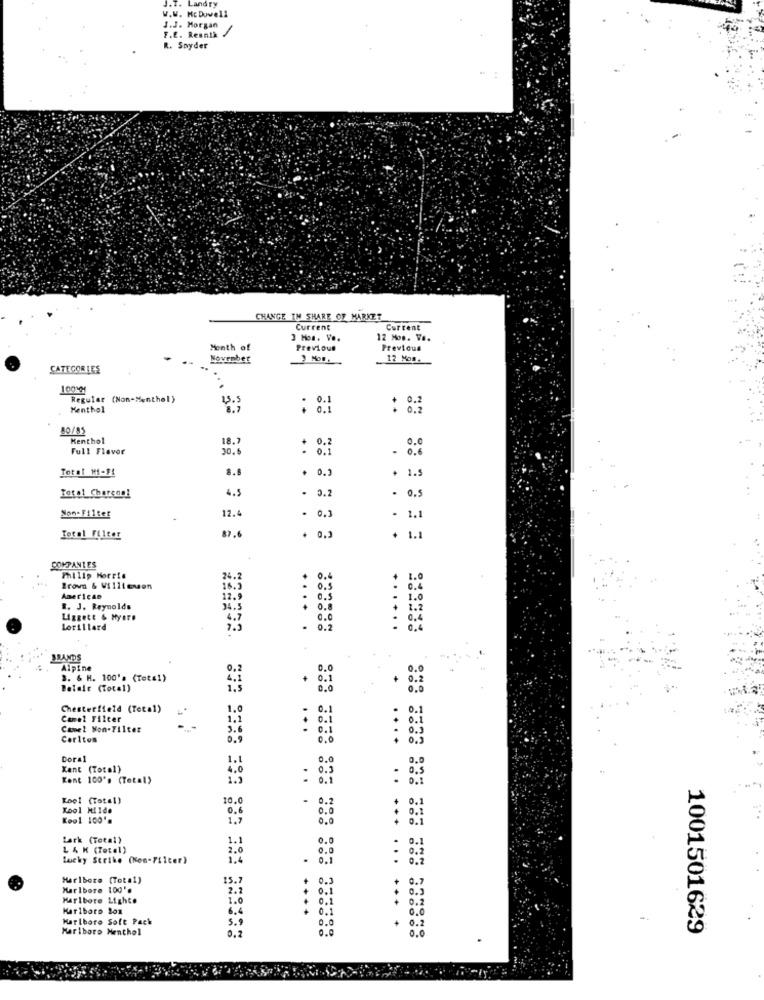
J.T. Landry
W.W. Mc Dowell
J.J. Morgan
F.E. Resnik
R. Snyder
CHANGE IM SHARE OF MARKET
Current
Current
3 Hon. Vo.
12 Mos. V ..
Month of
Previous
Previous
November
12 Mon.
CATEGORIES
Regular (Non-Menthol)
15.
0.2
Menthol
: 01
+ 0.2
80/85
Kenthol
18.7
Full Flavor
: 0.3
-
0.6
Total Mi-FI
8.]
. 0.3
+ 1.9
Total_Charcoal
4.5
- 0.2
. 0.5
Non- Filter
12.4
. 0.3
. 1.1
87.6
Total Filter
. 0.3
1.1
COMPANIES
Philip Morris
24.
$ 0.4
1.0
Brown & Willtenson
16.5
0.5
0.4
American
12.9
0.5
1.0
t. J. Reynolds
34.5
+ 0.8
1.2
Liggett & Hyere
0.0
0.4
Lorillard
· 0.2
.
BRANDS
Alpine
0.0
0.0
3. & H. 100's (Total)
0 . 1
+ 0.2
Belale (Total)
0.0
0.0
Chesterfield (Total)
1.0
0.1
. 0.1
Camel Filter
1.1
0.1
0.1
Camel Mon-Filter
3.6
0 . 1
Carlton
0.9
0.0
: 03
Doral
1.1
0.0
0,0
Kant (Total}
4.0
- 0.5
Kent 100's (Total)
Kool (Total)
10.0
. 0.1
Kool Milde
0.6
Kool 100's
1.7
0.0
Lark (Total)
1.1
0.0
L 4 K (Total)
lucky Strike (Kon-Filter)
0. 1
...
Haribore [Total)
15.7
0.3
Marlboro 100'.
2.2
0.3
Haribore Lights
1.0
0.1
0.2
Marlboro Box
6.4
0.0
Marlboro Soft Pack
5.9
+ 0.2
Marlboro Menthol
0.2
0.0
0.0
1001501629